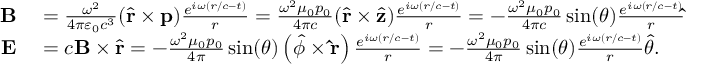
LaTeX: \begin{array} { r l } { \mathbf { B } } & { { } = { \frac { \omega ^ { 2 } } { 4 \pi \varepsilon _ { 0 } c ^ { 3 } } } ( { \hat { \mathbf { r } } } \times \mathbf { p } ) { \frac { e ^ { i \omega ( r / c - t ) } } { r } } = { \frac { \omega ^ { 2 } \mu _ { 0 } p _ { 0 } } { 4 \pi c } } ( { \hat { \mathbf { r } } } \times { \hat { \mathbf { z } } } ) { \frac { e ^ { i \omega ( r / c - t ) } } { r } } = - { \frac { \omega ^ { 2 } \mu _ { 0 } p _ { 0 } } { 4 \pi c } } \sin ( \theta ) { \frac { e ^ { i \omega ( r / c - t ) } } { r } } \mathbf { \hat { \phi } } } \\ { \mathbf { E } } & { { } = c \mathbf { B } \times { \hat { \mathbf { r } } } = - { \frac { \omega ^ { 2 } \mu _ { 0 } p _ { 0 } } { 4 \pi } } \sin ( \theta ) \left( { \hat { \phi } } \times \mathbf { \hat { r } } \right) { \frac { e ^ { i \omega ( r / c - t ) } } { r } } = - { \frac { \omega ^ { 2 } \mu _ { 0 } p _ { 0 } } { 4 \pi } } \sin ( \theta ) { \frac { e ^ { i \omega ( r / c - t ) } } { r } } { \hat { \theta } } . } \end{array}